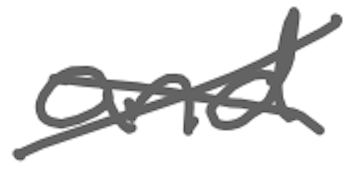
Text: and
Cross-out: cross
Writing tool: digital_gray